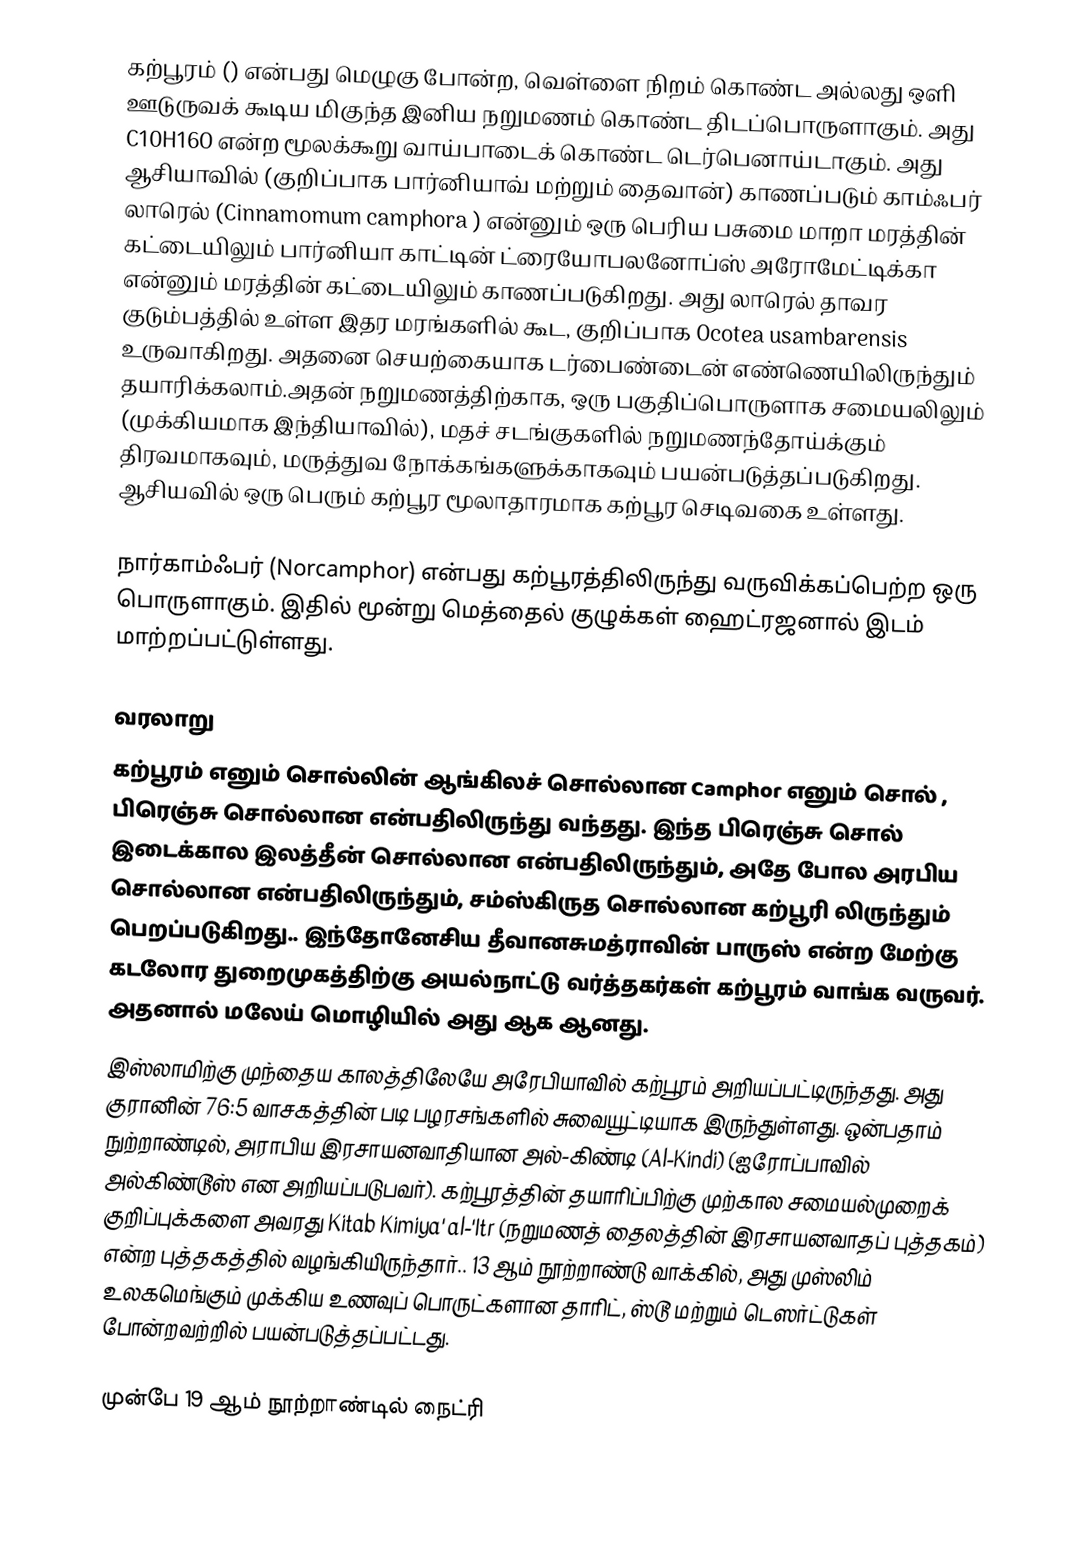
கற்பூரம் () என்பது மெழுகு போன்ற, வெள்ளை நிறம் கொண்ட அல்லது ஒளி ஊடுருவக் கூடிய மிகுந்த இனிய நறுமணம் கொண்ட திடப்பொருளாகும். அது C10H16O என்ற மூலக்கூறு வாய்பாடைக் கொண்ட டெர்பெனாய்டாகும். அது ஆசியாவில் (குறிப்பாக பார்னியாவ் மற்றும் தைவான்) காணப்படும் காம்ஃபர் லாரெல் (Cinnamomum camphora ) என்னும் ஒரு பெரிய பசுமை மாறா மரத்தின் கட்டையிலும் பார்னியா காட்டின் ட்ரையோபலனோப்ஸ் அரோமேட்டிக்கா என்னும் மரத்தின் கட்டையிலும் காணப்படுகிறது. அது லாரெல் தாவர குடும்பத்தில் உள்ள இதர மரங்களில் கூட, குறிப்பாக Ocotea usambarensis உருவாகிறது. அதனை செயற்கையாக டர்பைண்டைன் எண்ணெயிலிருந்தும் தயாரிக்கலாம்.அதன் நறுமணத்திற்காக, ஒரு பகுதிப்பொருளாக சமையலிலும் (முக்கியமாக இந்தியாவில்), மதச் சடங்குகளில் நறுமணந்தோய்க்கும் திரவமாகவும், மருத்துவ நோக்கங்களுக்காகவும் பயன்படுத்தப்படுகிறது. ஆசியவில் ஒரு பெரும் கற்பூர மூலாதாரமாக கற்பூர செடிவகை உள்ளது.

நார்காம்ஃபர் (Norcamphor) என்பது கற்பூரத்திலிருந்து வருவிக்கப்பெற்ற ஒரு பொருளாகும். இதில் மூன்று மெத்தைல் குழுக்கள் ஹைட்ரஜனால் இடம் மாற்றப்பட்டுள்ளது.

வரலாறு
கற்பூரம் எனும் சொல்லின் ஆங்கிலச் சொல்லான Camphor எனும் சொல் , பிரெஞ்சு சொல்லான   என்பதிலிருந்து வந்தது. இந்த பிரெஞ்சு சொல் இடைக்கால இலத்தீன் சொல்லான  என்பதிலிருந்தும், அதே போல அரபிய சொல்லான  என்பதிலிருந்தும், சம்ஸ்கிருத சொல்லான கற்பூரி லிருந்தும் பெறப்படுகிறது.. இந்தோனேசிய தீவானசுமத்ராவின் பாருஸ் என்ற மேற்கு கடலோர துறைமுகத்திற்கு அயல்நாட்டு வர்த்தகர்கள் கற்பூரம் வாங்க வருவர். அதனால் மலேய் மொழியில் அது  ஆக ஆனது.
இஸ்லாமிற்கு முந்தைய காலத்திலேயே அரேபியாவில் கற்பூரம் அறியப்பட்டிருந்தது. அது குரானின் 76:5 வாசகத்தின் படி பழரசங்களில் சுவையூட்டியாக இருந்துள்ளது. ஒன்பதாம் நுற்றாண்டில், அராபிய இரசாயனவாதியான அல்-கிண்டி (Al-Kindi) (ஐரோப்பாவில் அல்கிண்டூஸ் என அறியப்படுபவர்). கற்பூரத்தின் தயாரிப்பிற்கு முற்கால சமையல்முறைக் குறிப்புக்களை அவரது Kitab Kimiya' al-'Itr  (நறுமணத் தைலத்தின் இரசாயனவாதப் புத்தகம்) என்ற புத்தகத்தில் வழங்கியிருந்தார்.. 13 ஆம் நூற்றாண்டு வாக்கில், அது முஸ்லிம் உலகமெங்கும் முக்கிய உணவுப் பொருட்களான தாரிட், ஸ்டூ மற்றும் டெஸர்ட்டுகள் போன்றவற்றில் பயன்படுத்தப்பட்டது.

முன்பே 19 ஆம் நூற்றாண்டில் நைட்ரி